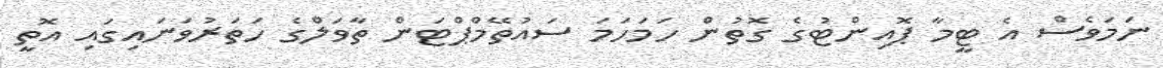
ނަމަވެސް އެ ޓީމާ ޕޮއިންޓުގެ ގޮތުން ހަމަހަމަ ސައުތޭމްޕްޓަން ތާވަލްގެ ހަތަރުވަނައިގައި އޮތީ